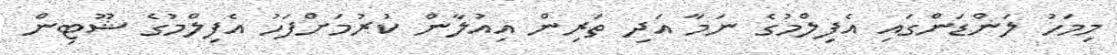
މިމަހު ލަންޑަންގައި އެފިލްމުގެ ނަމާ އަދި ތަރިން އިއުލާން ކުރުމަށްފަހު އެފިލްމުގެ ޝޫޓިން